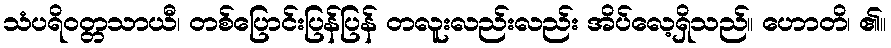
သံပရိဝတ္တသာယီ၊ တစ်ပြောင်းပြန်ပြန် တလူးလည်းလည်း အိပ်လေ့ရှိသည်။ ဟောတိ၊ ၏။